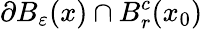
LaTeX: \partial B_{\varepsilon}(x)\cap B_{r}^{c}(x_{0})